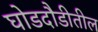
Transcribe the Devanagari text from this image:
घोडदौडीतील